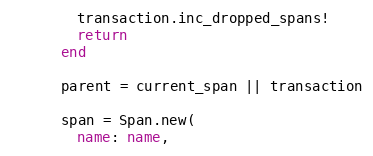
Language: Ruby
        transaction.inc_dropped_spans!
        return
      end

      parent = current_span || transaction

      span = Span.new(
        name: name,